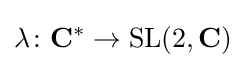
\lambda \colon \mathbf {C} ^{*}\to \mathrm {SL} (2,\mathbf {C} )